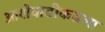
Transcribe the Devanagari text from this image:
आशेवाडीकडला